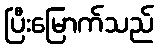
ပြီးမြောက်သည်